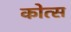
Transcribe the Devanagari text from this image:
कोत्स